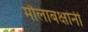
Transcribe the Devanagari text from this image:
मौलाबक्षांनी